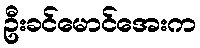
ဦးခင်မောင်အေးက